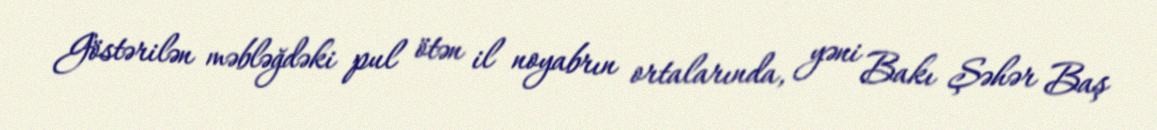
Göstərilən məbləğdəki pul ötən il noyabrın ortalarında, yəni Bakı Şəhər Baş